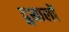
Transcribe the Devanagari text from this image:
दुशालों